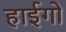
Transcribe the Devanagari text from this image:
हाईगो